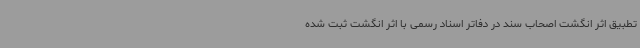
تطبیق اثر انگشت اصحاب سند در دفاتر اسناد رسمی با اثر انگشت ثبت شده